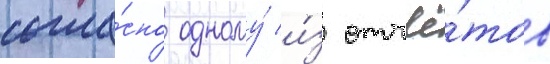
согла́сно одному́ и́з отчё́тов